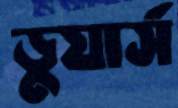
ডুয়ার্স